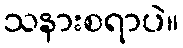
သနားစရာပဲ။